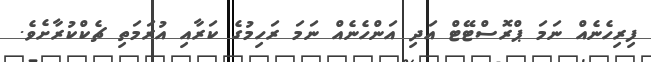
ފިރިހެނެއް ނަމަ ޕްރޮސްޓޭޓް އަދި އަންހެނެއް ނަމަ ރަހިމުގެ ކަރާއި އުރަމަތި ޗެކްކުރާށެވެ.